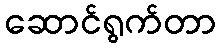
ဆောင်ရွက်တာ